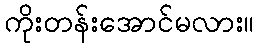
ကိုးတန်းအောင်မလား။